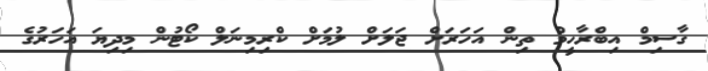
ގާސިމް އިބްރާހީމް ތިން އަހަރަށް ޖަލަށް ލުމަށް ކްރިމިނަލް ކޯޓުން މިދިޔަ އަހަރުގެ